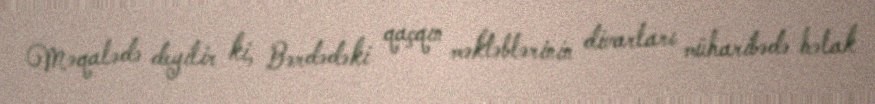
Məqalədə deyilir ki, Bərdədəki qaçqın məktəblərinin divarları müharibədə həlak